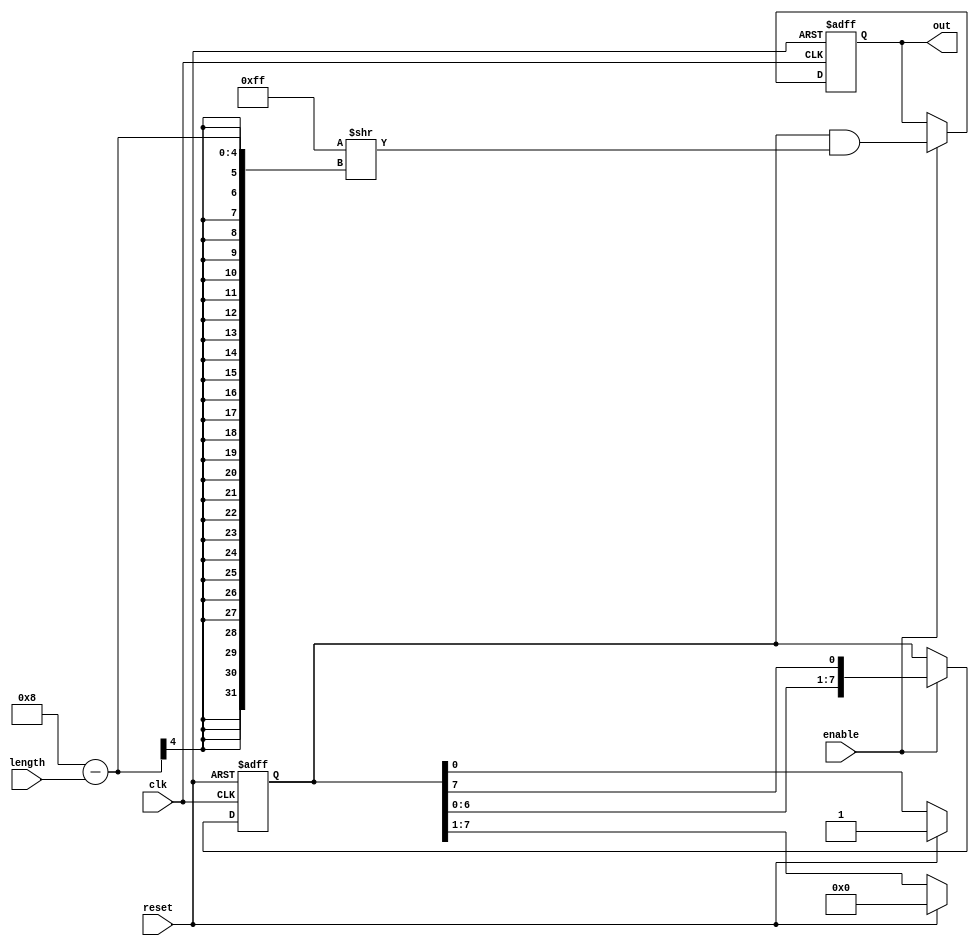
module variable_length_ring_counter #(
    parameter MAX_LENGTH = 8 // Maximum length of the ring counter
) (
    input wire clk,                // Clock input
    input wire reset,              // Asynchronous reset input
    input wire enable,             // Enable control input
    input wire [3:0] length,       // Length control input (4-bit for up to 15)
    output reg [MAX_LENGTH-1:0] out // Outputs corresponding to each flip-flop
);

    reg [MAX_LENGTH-1:0] ring; // Internal register for the ring counter

    always @(posedge clk or posedge reset) begin
        if (reset) begin
            ring <= 1'b1; // Initialize the first flip-flop to '1'
            out <= 1'b1;  // Output is also initialized
        end else if (enable) begin
            // Shift the '1' in the ring
            ring <= {ring[MAX_LENGTH-2:0], ring[MAX_LENGTH-1]};
            // Update output based on the specified length
            out <= (ring & { {MAX_LENGTH{1'b1}} >> (MAX_LENGTH - length) });
        end
    end

    // Initialize the output on reset
    always @(*) begin
        if (reset) begin
            out = {MAX_LENGTH{1'b0}}; // All outputs to '0' on reset
            out[0] = 1'b1;            // Set the first flip-flop to '1'
        end else begin
            out = ring;               // Update output with the current state of the ring
        end
    end

endmodule